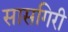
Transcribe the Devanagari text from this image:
सासगिरी